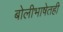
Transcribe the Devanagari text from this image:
बोलीभाषेतही